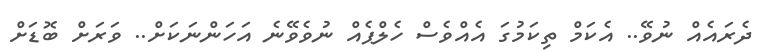
ދެރައެއް ނުވޭ.. އެކަމް ތިކަމުގަ އެއްވެސް ހެލްޕެއް ނުވެވޭނެ އަހަންނަކަށް.. ވަރަށް ބޮޑަށް